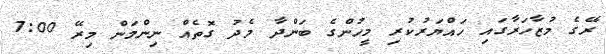
ރޭގެ މުޒާހަރާގައި ހައްޔަރުކުރި މީހުންގެ ބަންދާ މެދު ގޮތެއް ނިންމަން މިރޭ 7:00